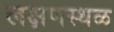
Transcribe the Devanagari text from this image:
लक्षणस्थळ